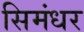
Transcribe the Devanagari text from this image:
सिमंधर